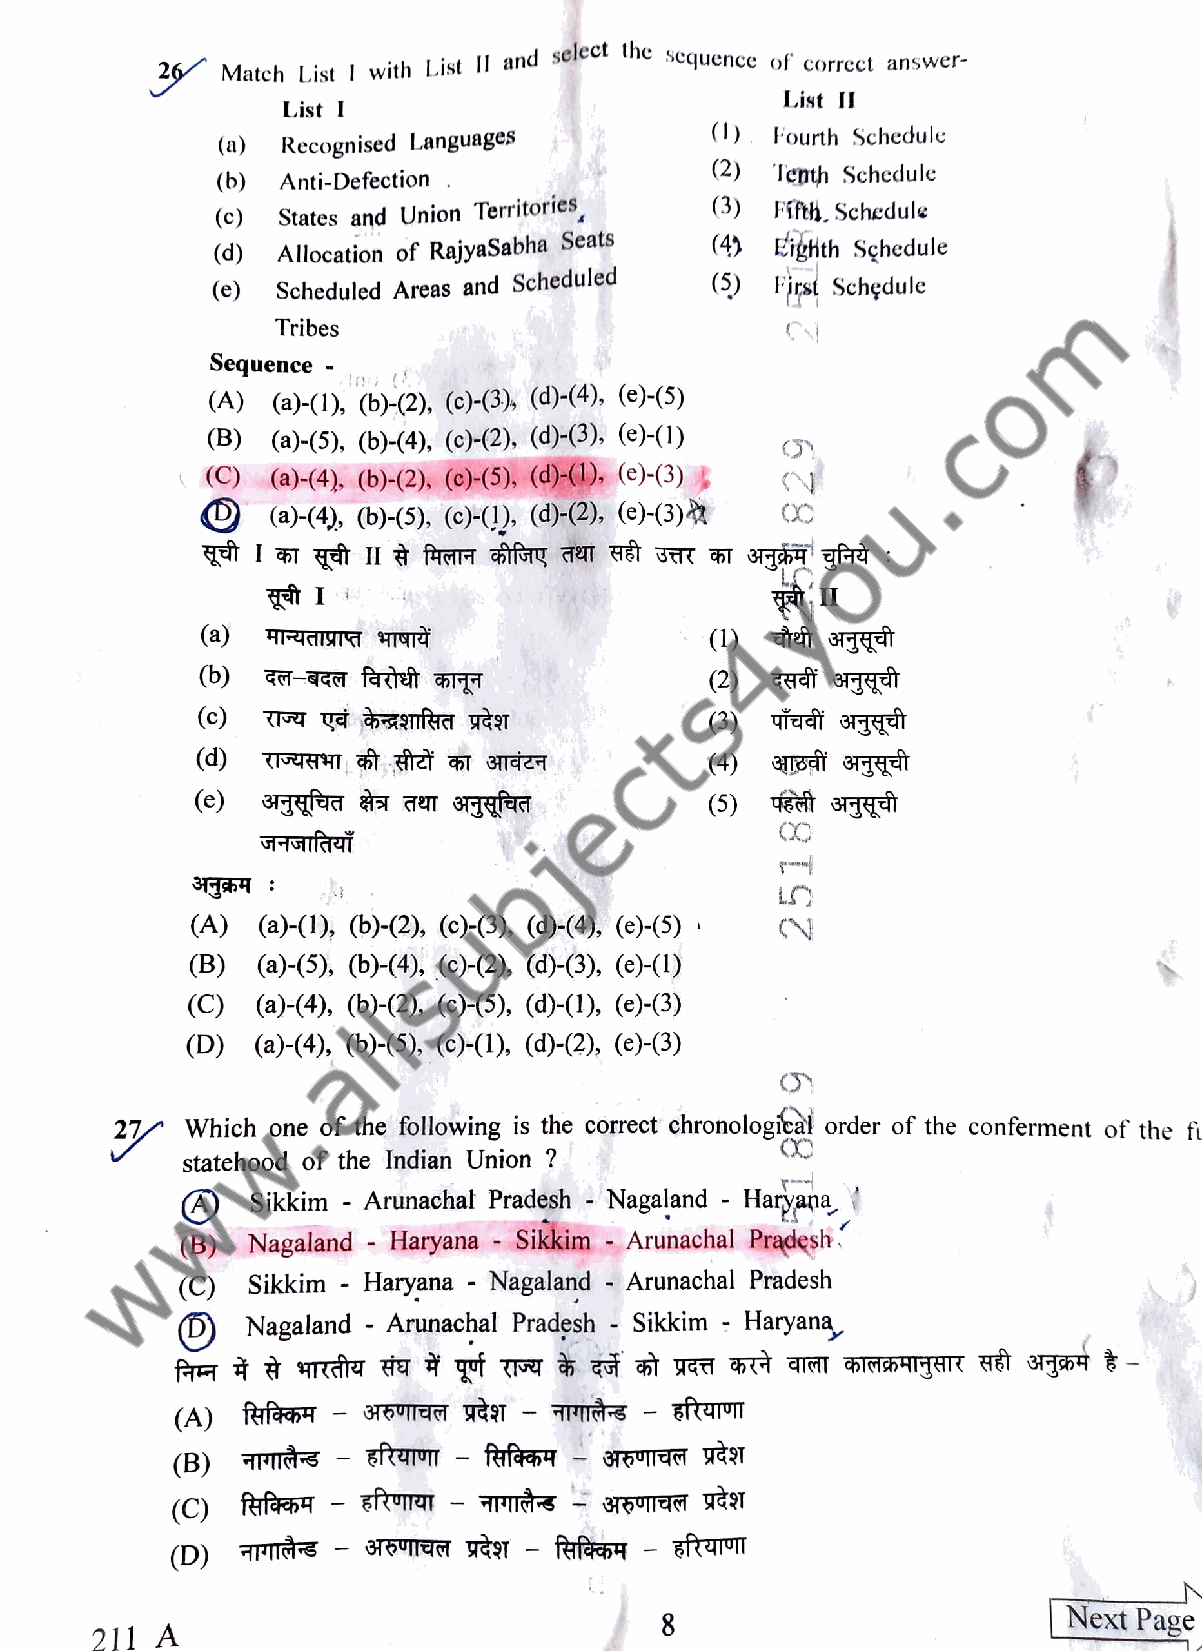
Match List I with List II and select the scquence of corrcct answer
 List I
 List I
 (0). Fourth Schedule
 (a)  Recognised Languages
 (2) Tenth Schedule
 (b)  Anti-Defection
 States and Union Territories (3) Fith. Schedule
 (c)
 Seats     (4  Eighth Sçhedule
 (d) Allocation of RajyaSabha
 (e)Scheduled Areas and Scheduled (5) First Schedule
 Tribes
 Sequencetn
 (A) (a)-(1), (b)-(2), (c)-(3), (d)-4), (e-5)
 (B) (a)-(5), (b)-(4), (c)-(2), (d)-(3), ()-(1)
 ()  (a)-4), (b)-(2). (c)-(5), (d)-1), (c>3)
 Oa-4),     (b-5), (HI),. (dC), (oH3)*  CX
 I
 (a)                               (1) et  T4T
 b)                                (2)     7
 (c)                               (3) Te   TET
 (d)                               4)  4TaT 4TT
 (e)                               (5)
 (A) (a)-(), (6)-(2), (©)-3), (d-(4), (¢)-(5)
 (B) (a)-(5), (b-(4), ()H2), (d-(3), e1)
 (C)  (a)-(4), (b-2), (-5), (d)(1), ()-3)
 (D)  (4),  (b)-5), (©H0), G-2), (3)
 27  Which one of the following is the correct chronologieal order of the conferment of the f
 statehood of the Indian Union ?
 ASikkim    Arunachal Pradesh Nagaland - Haryana,
 (B) Nagaland Haryana Sikkim Arunachal Pradesh
 (C) Sikkim  Haryana Nagaland Arunachal Pradesh
 Nagaland    Arunachal Pradesh Sikkim Haryana,
 (A) frf   - T6VTTET TT-T   O-   zfturm
 (B)
 (C)  ftrfees - ETUTUT-I S  6TaT    yëT
 (D)  TTTT  - ¥6UITM TÈT fres4-  gituTUTT
 Next Page
 8
 211 A